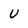
Character: U